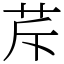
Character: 𦭐